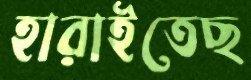
হারাইতেছ